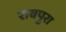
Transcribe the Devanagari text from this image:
रावपुरा